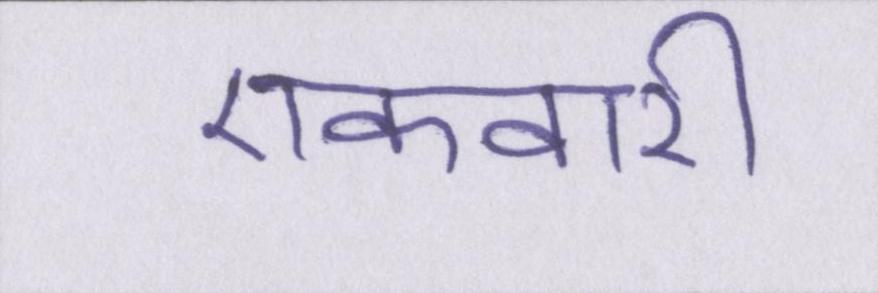
एकवारी